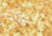
اليوم